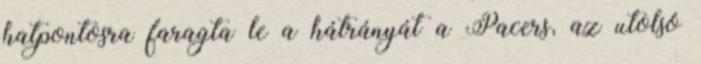
hatpontosra faragta le a hátrányát a Pacers, az utolsó